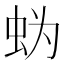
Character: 𰲲